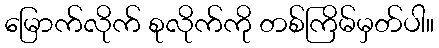
မြောက်လိုက် စုလိုက်ကို တစ်ကြိမ်မှတ်ပါ။